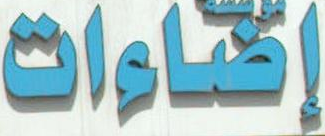
إناءات